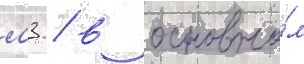
м3 / в основно́м